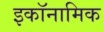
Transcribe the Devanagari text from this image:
इकॉनामिक